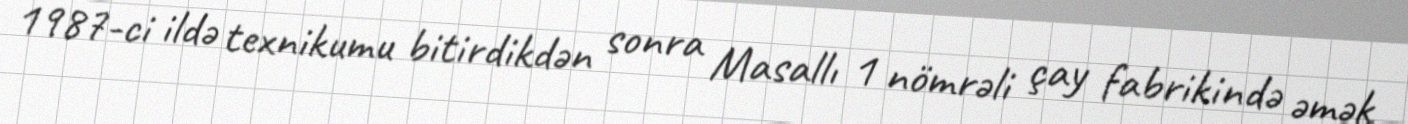
1987-ci ildə texnikumu bitirdikdən sonra Masallı 1 nömrəli çay fabrikində əmək